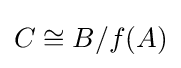
C\cong B/f(A)